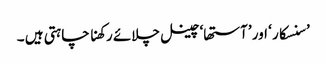
’سنسکار ‘ اور ’آستھا‘چینل چلائے رکھنا چاہتی ہیں ۔